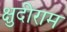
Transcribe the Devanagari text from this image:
क्षुदीराम